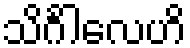
သိင်္ဂါလေဟိ